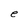
Character: e